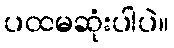
ပထမဆုံးပါပဲ။